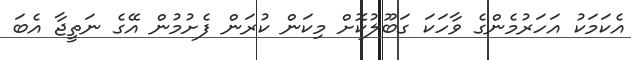
އެކަމަކު އަހަރުމެންގެ ވާހަކަ ގަބޫލުކޮށް މިކަން ކުރަން ފެށުމުން އޭގެ ނަތީޖާ އެބަ